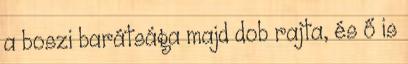
a boszi barátsága majd dob rajta, és ő is